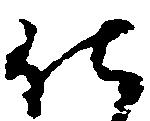
仕